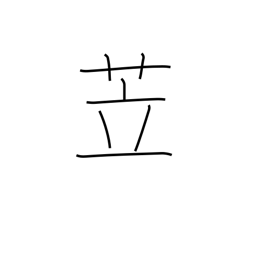
Meaning: pigsty